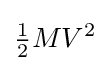
{\begin{matrix}{\frac {1}{2}}\end{matrix}}MV^{2}